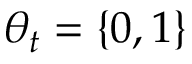
\theta _ { t } = \{ 0 , 1 \}